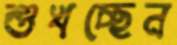
শুখচ্ছেন